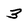
Character: 3